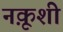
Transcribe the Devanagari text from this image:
नक़ूशी